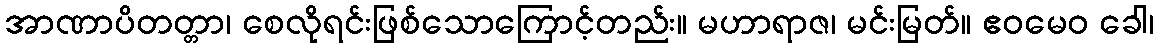
အာဏာပိတတ္တာ၊ စေလိုရင်းဖြစ်သောကြောင့်တည်း။ မဟာရာဇ၊ မင်းမြတ်။ ဧဝမေဝ ခေါ၊